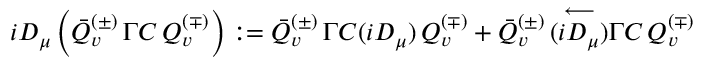
i D _ { \mu } \left( \bar { Q } _ { v } ^ { ( \pm ) } \, \Gamma C \, Q _ { v } ^ { ( \mp ) } \right) : = \bar { Q } _ { v } ^ { ( \pm ) } \, \Gamma C ( i D _ { \mu } ) \, Q _ { v } ^ { ( \mp ) } + \bar { Q } _ { v } ^ { ( \pm ) } \, ( \stackrel { \longleftarrow } { i D _ { \mu } } ) \Gamma C \, Q _ { v } ^ { ( \mp ) }